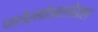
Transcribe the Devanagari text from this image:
पालेर्मोखालोखाल